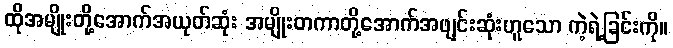
ထိုအမျိုးတို့အောက်အယုတ်ဆုံး အမျိုးတကာတို့အောက်အဖျင်းဆုံးဟူသော ကဲ့ရဲ့ခြင်းကို။